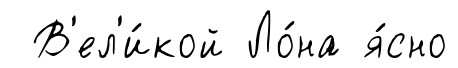
В'ел'и́кой Ло́на я́сно